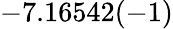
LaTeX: -7.16542(-1)